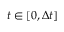
t \in [ 0 , \Delta t ]